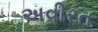
અવીરત